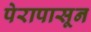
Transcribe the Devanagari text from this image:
पेरापासून